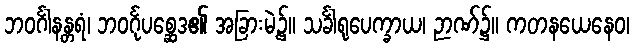
ဘဝင်္ဂါနန္တရံ၊ ဘဝင်္ဂုပစ္ဆေဒ၏ အခြားမဲ့၌။ သင်္ခါရုပေက္ခာယ၊ ဉာဏ်၌။ ကတနယေနေဝ၊